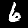
Digit: 6